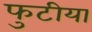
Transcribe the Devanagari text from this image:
फुटीया